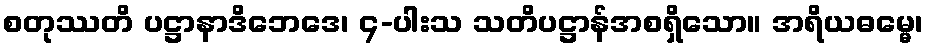
စတုဿတိ ပဋ္ဌာနာဒိဘေဒေ၊ ၄-ပါးသ သတိပဋ္ဌာန်အစရှိသော။ အရိယဓမ္မေ၊